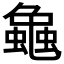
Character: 𧑴